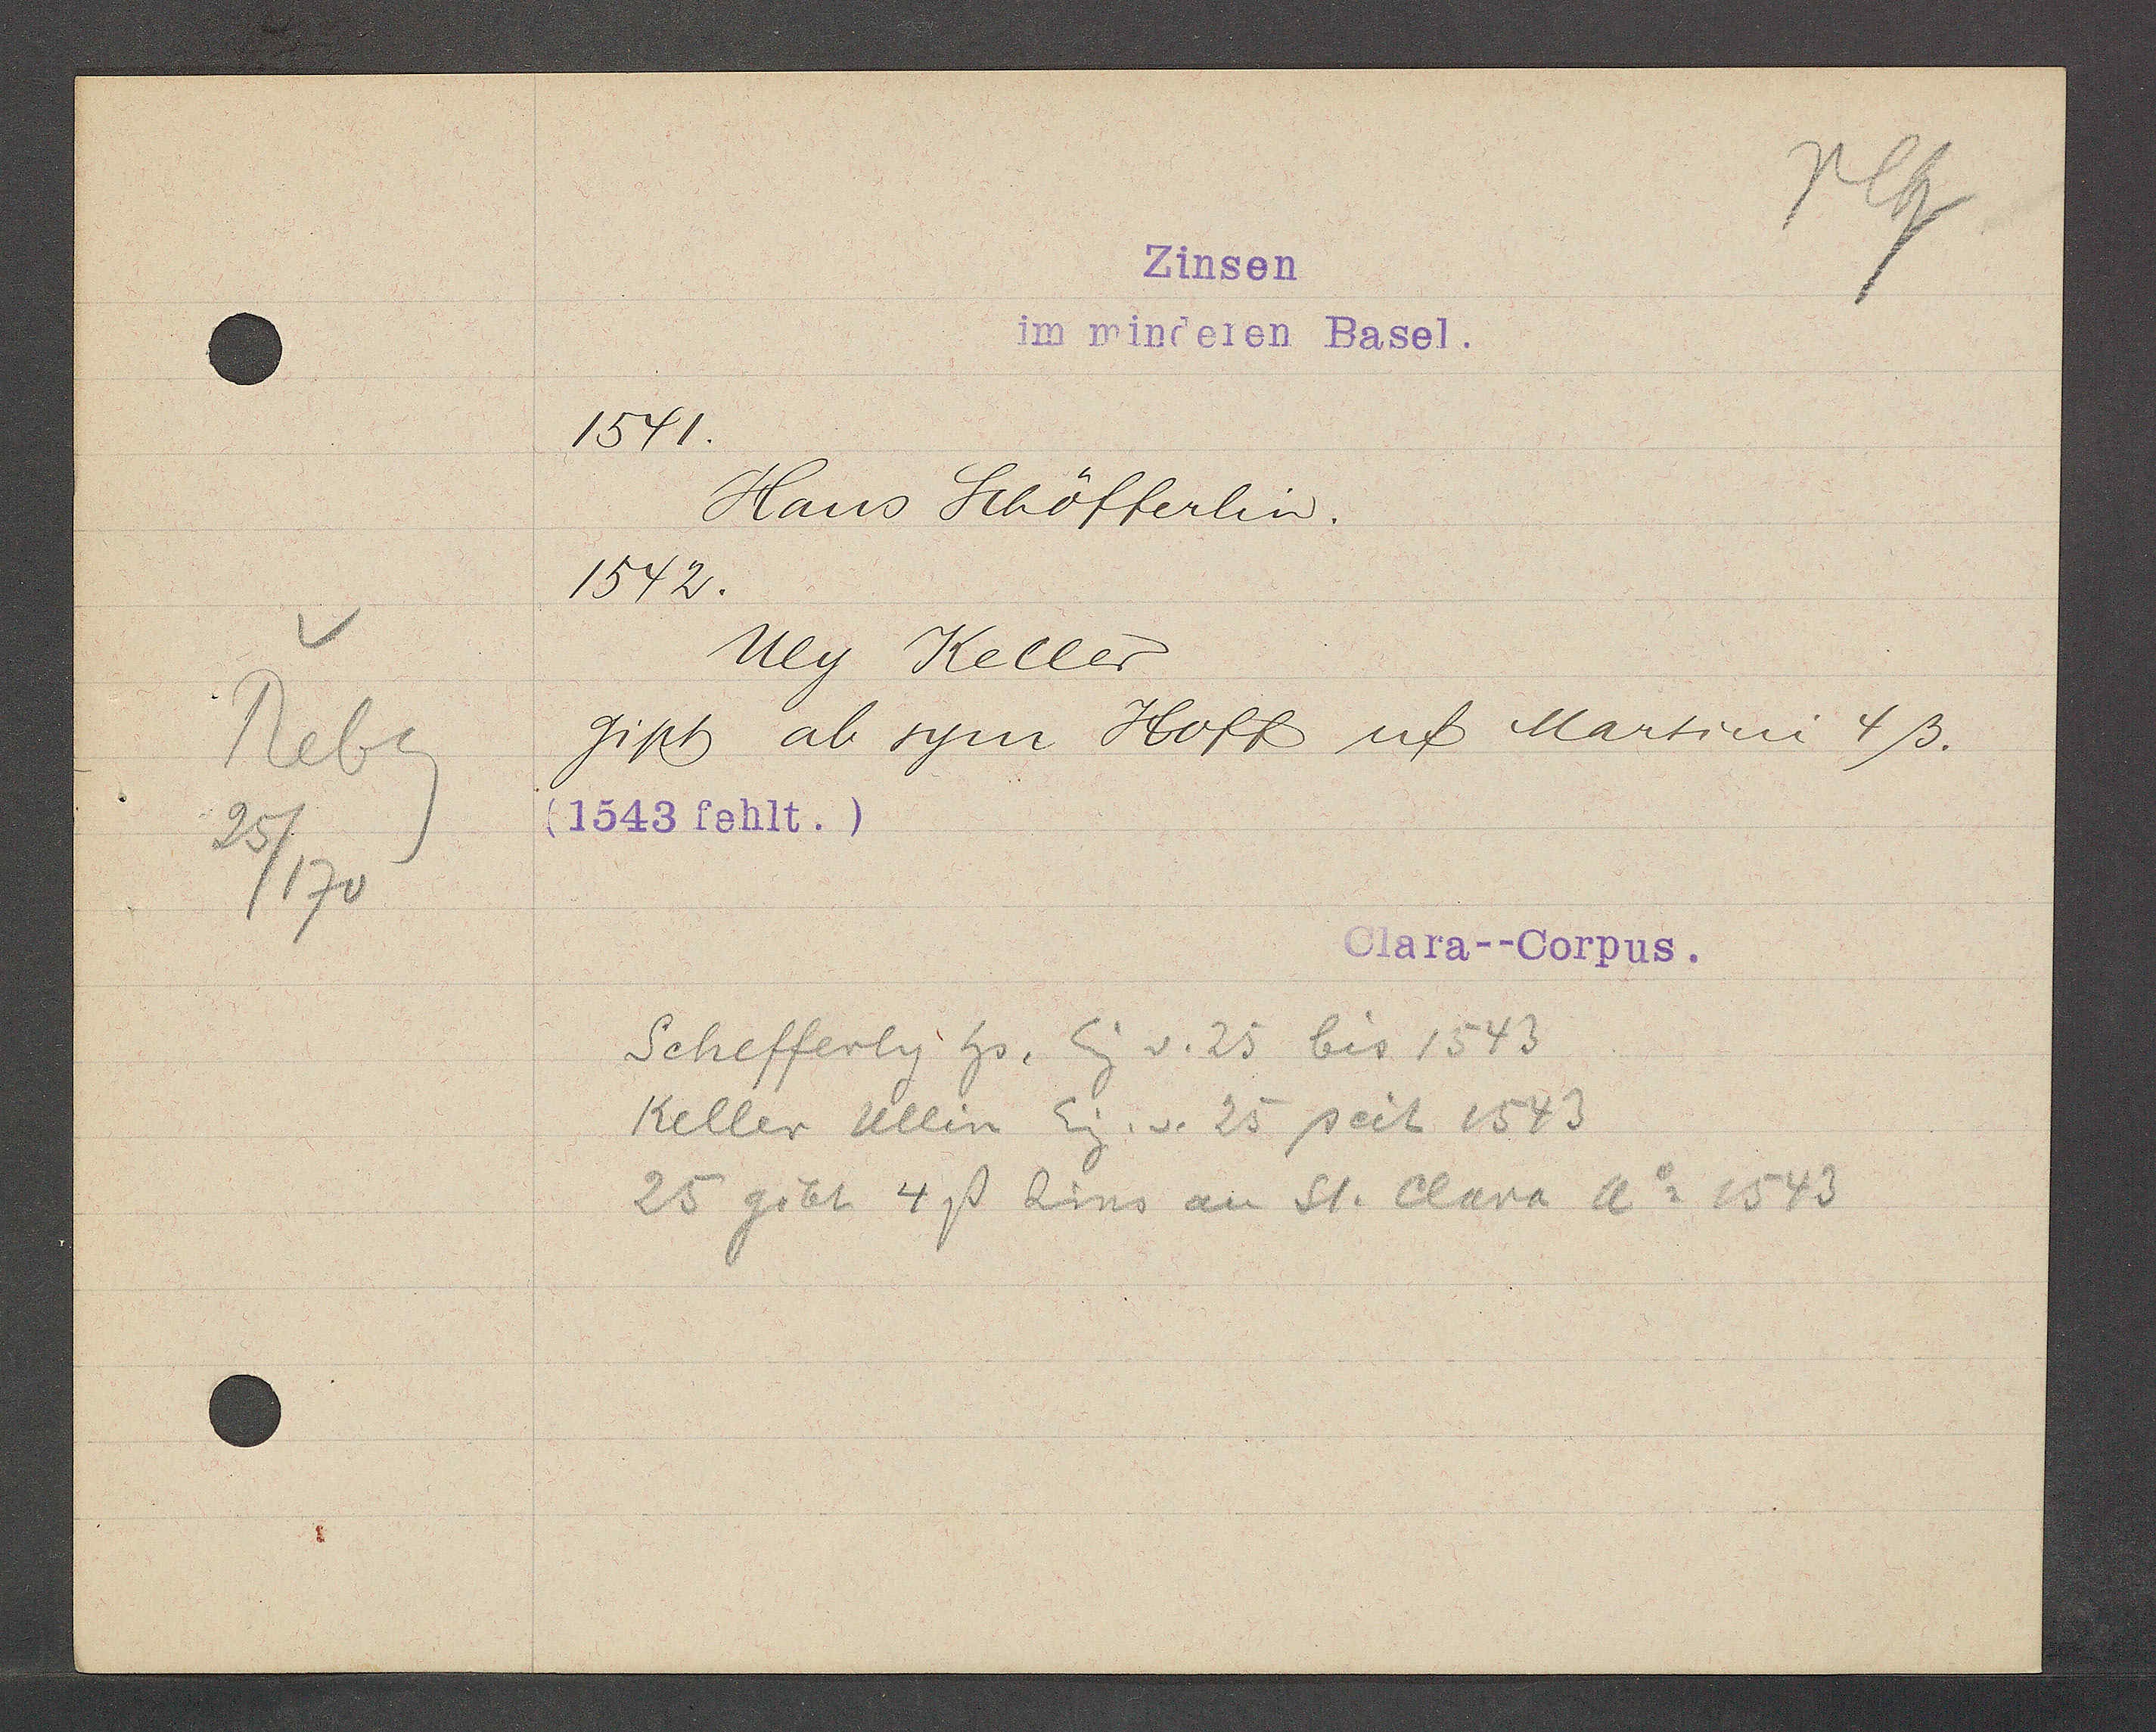
Transcript:
Rebg
25
/170

Zinsen
im minderen Basel.

1541.
Hans Schöfferlin.
1542.
Uly Keller
gipt ab sym Hoff uf Martini 4ß.
(1543 fehlt.)

Clara--Corpus.

Schefferly hs. Eig v. 25 bis 1543
Keller Ullin Eig. v. 25 seit 1543
25 gibt 4ß Zins an St. Clara Ao 1543